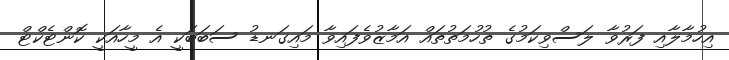
އިހުމާލާއި ފަރުވާ ލަސްވިކަމުގެ ތުހުމަތުތައް އަމާޒުވެފައިވާ މައިގަނޑު ސަބަބަކީ އެ މީހާއަކީ ކޮންޓެކްޓް